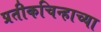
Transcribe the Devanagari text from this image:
प्रतीकचिन्हाच्या